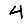
Digit: 4